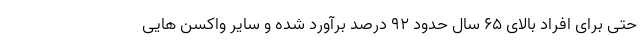
حتی برای افراد بالای ۶۵ سال حدود ۹۲ درصد برآورد شده و سایر واکسن هایی